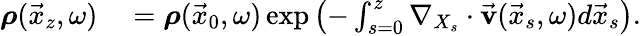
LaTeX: \begin{array}{rl}{\boldsymbol{\rho}(\vec{x}_{z},\omega)}&{{}=\boldsymbol{\rho}(\vec{x}_{0},\omega)\exp{\left(-\int_{s=0}^{z}\nabla_{X_{s}}\cdot\vec{\mathbf v}(\vec{x}_{s},\omega)d\vec{x}_{s}\right)}.}\end{array}